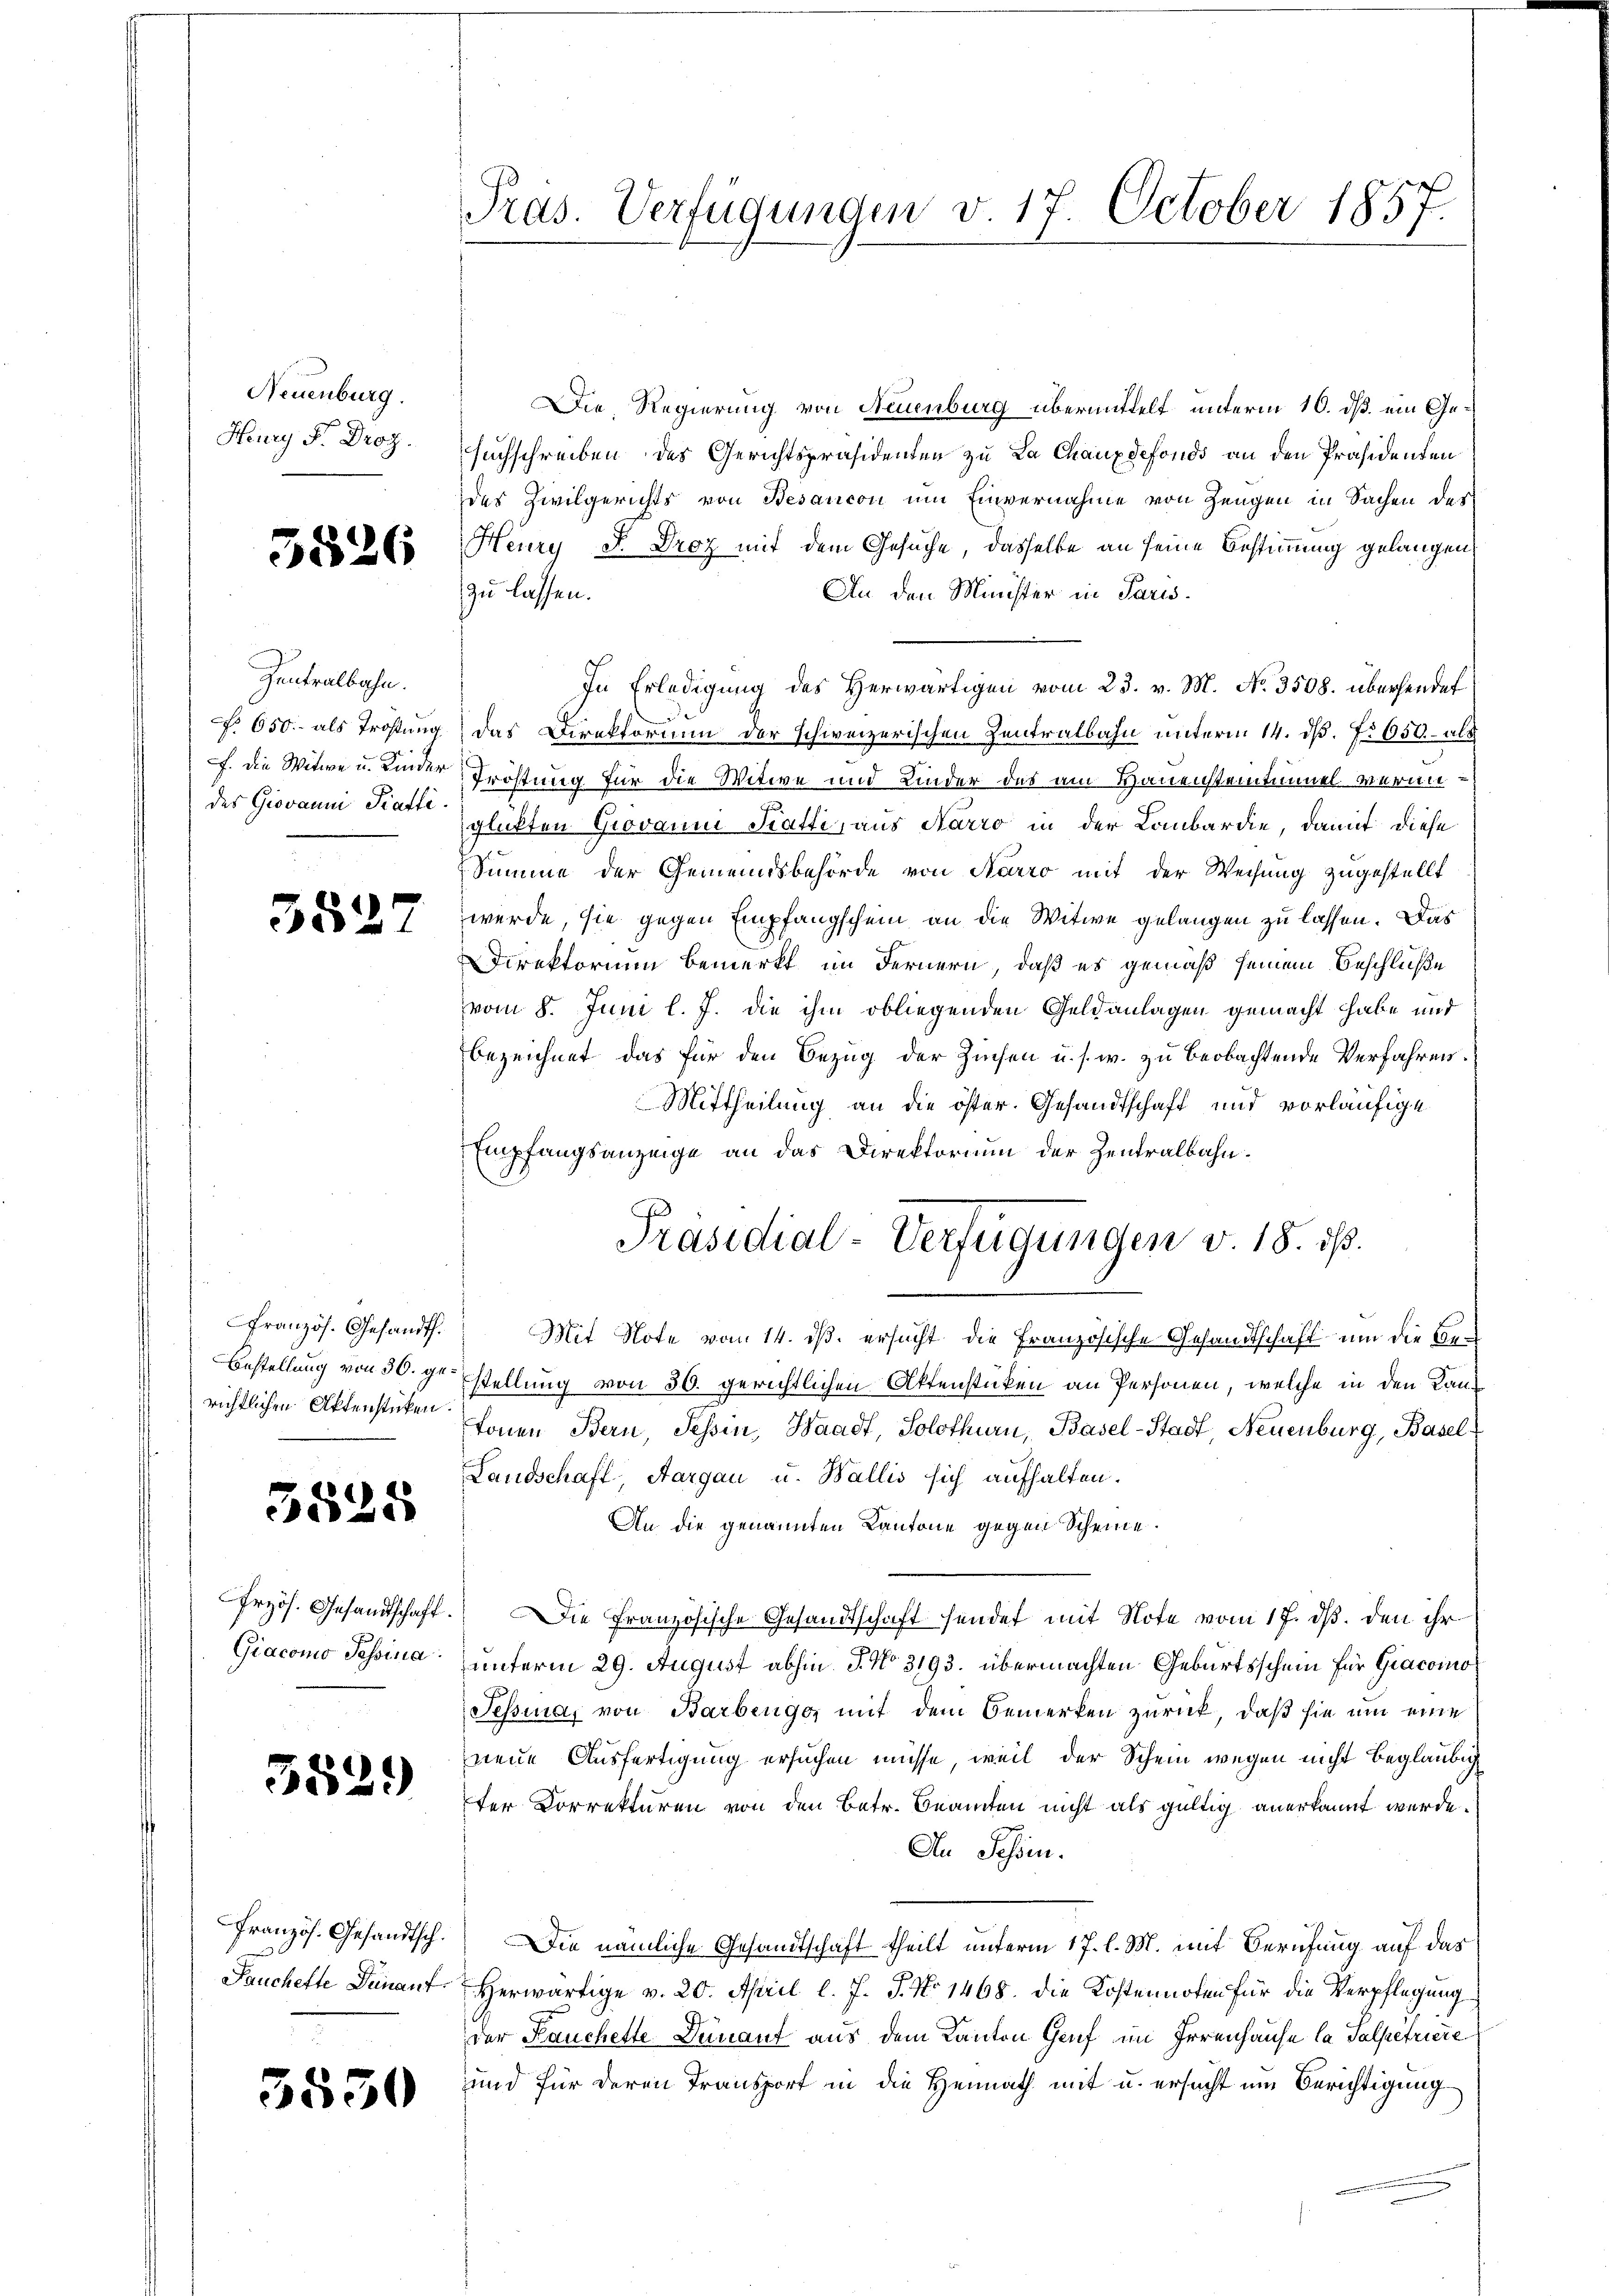
Neuenburg.
Henry F. Droz.

3826

Zentralbahn.
No 650. als Trostung
f. die Witwe u. Kinder
des Giovanni Pratti

3527

französ. Gesandt.
Bestellung von 30. gerichtlichen Aktenstücken.

525

Przös. Gesandtschaft.
Giacomo Tessina

552.

Französ. Gesandtsch.
Lauchette Deinant.

3550

Pras. Verfügungen v. 17. October 1857

Die Regierung von Neuenburg übermittelt unterm 10. dß. ein Gesuchschreiben des Gerichtspräsidenten zu La Chauxdefonds an den Präsidenten
des Zivilgerichts von Besaucon um Einvernahme von Zeugen in Sachen der
Heury d. Droz mit dem Gesuche, dasselbe an seine Bestimmung gelangen
An den Minister in Paris.
zu lassen.
In Erledigung des Herwärtigen vom 23. v. M. No. 3508. übersendet
das Direktorium der schweizerischen Zentralbahn unterm 14. ds. No 650.- als
Tröstung für die Witwe und Kinder des am Hauensteintunnel veranglükten Giovanni Statte, aus Narro in der Lombardie, damit diese
Summe der Gemeindsbehörde von Aarro mit der Weisung zugestellt
werde, sie gegen Empfangschein an die Witwe gelangen zu lassen. Das
Direktorium bemerkt im Fernern, daß es gemäß seinem Beschluße
vom 8. Juni l. J. die ihm obliegenden Geldanlagen gemacht habe und
bezeichnet das für den Bezug der Zinsen u. s. w. zu beobachtende Verfahren.
Mittheilung an die öster. Gesandtschaft und vorläufige
Empfangsanzeige an das Direktorium der Zentralbahn¬
Mit Note vom 14. ds. ersucht die Französische Gesandtschaft um die Bestellung von 30. gerichtlichen Aktenstücken an Personen, welche in den Kantonen Bern, Tessin, Waadt, Solothurn, Basel-Stadt Neuenburg, Basel¬
Landschaft, Aargau u. Wallis sich aufhalten.
An die genannten Kantone gegen Scheine.
Die Französische Gesandtschaft sendet mit Note vom 17. ds. den ihr
unterm 29. August abhin J. No 3193. übermachten Geburtsschein für Giacoino
Sessina, von Barbenge, mit dem Bemerken zurück, daß sie um eine
neue Ausfertigung ersuchen müsse, weil der Schein wegen nicht beglaubig
ter Correkturen von den Betr. Beamten nicht als gültig anerkannt werde.
An Schön.
Die nämliche Gesandtschaft theilt unterm 17. l. M. mit Berufung auf das
Herwärtige v. 20. April l. J. J. No 1468. die Kostennoten für die Verpflegung
der Lauchette Dennant aus dem Kanton Genf im Irrenhause la Salpetriere
und für deren Transport in die Heimath mit u. ersucht um Berichtigung

Präsidial-Verfügungen v. 18. ds.